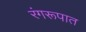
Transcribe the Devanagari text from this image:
रंगरूपात